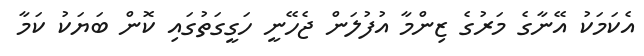
އެކަމަކު އޭނާގެ މަރުގެ ޒިންމާ އުފުލަން ޖެހޭނީ ހަގީގަތުގައި ކޮން ބަޔަކު ކަމާ